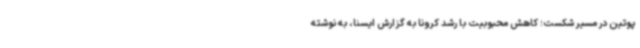
پوتین در مسیر شکست؛ کاهش محبوبیت با رشد کرونا به گزارش ایسنا، به نوشته